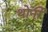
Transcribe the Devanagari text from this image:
थोर्नी